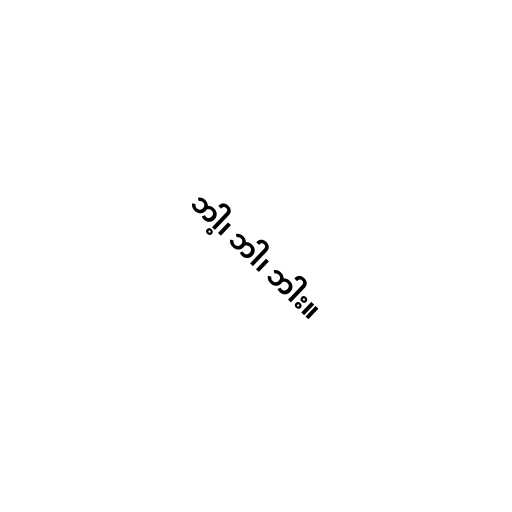
ဘါ့၊ ဘါ၊ ဘါး။